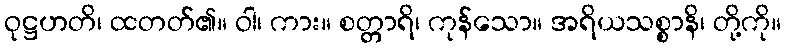
ဝုဋ္ဌဟတိ၊ ထတတ်၏။ ဝါ၊ ကား။ စတ္တာရိ၊ ကုန်သော။ အရိယသစ္စာနိ၊ တို့ကို။